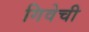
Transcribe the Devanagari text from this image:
गिवेची